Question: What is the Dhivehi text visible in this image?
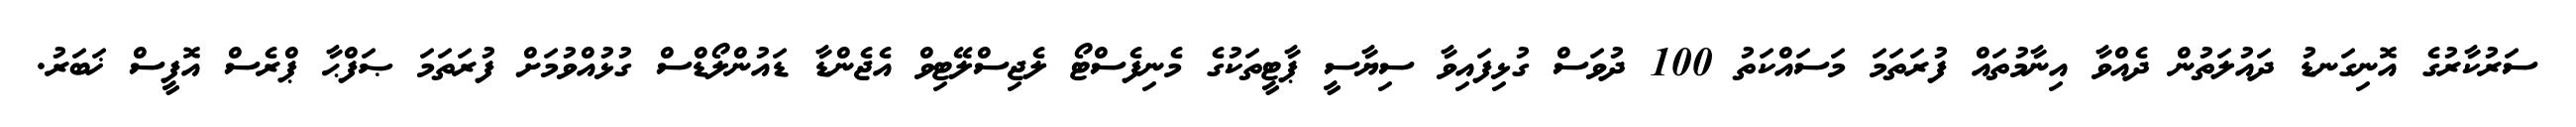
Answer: ސަރުކާރުގެ އޮނިގަނޑު ދައުލަތުން ދެއްވާ އިނާމުތައް ފުރަތަމަ މަސައްކަތު 100 ދުވަސް ގުޅިފައިވާ ސިޔާސީ ޕާޓީތަކުގެ މެނިފެސްޓޯ ލެޖިސްލޭޓިވް އެޖެންޑާ ޑައުންލޯޑްސް ގުޅުއްވުމަށް ފުރަތަމަ ޞަފްޙާ ޕްރެސް އޮފީސް ޚަބަރު.